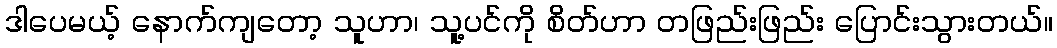
ဒါပေမယ့် နောက်ကျတော့ သူဟာ၊ သူ့ပင်ကို စိတ်ဟာ တဖြည်းဖြည်း ပြောင်းသွားတယ်။